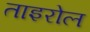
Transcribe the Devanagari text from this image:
ताइरोल